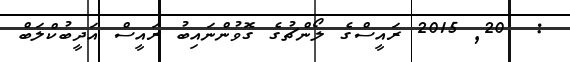
:  20